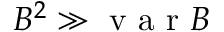
B ^ { 2 } \gg \mathrm { ~ v ~ a ~ r ~ } B